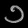
Digit: ၁